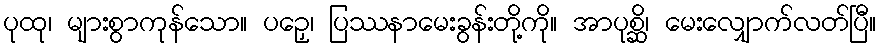
ပုထု၊ များစွာကုန်သော။ ပဉှေ၊ ပြဿနာမေးခွန်းတို့ကို။ အာပုစ္ဆိ၊ မေးလျှောက်လတ်ပြီ။